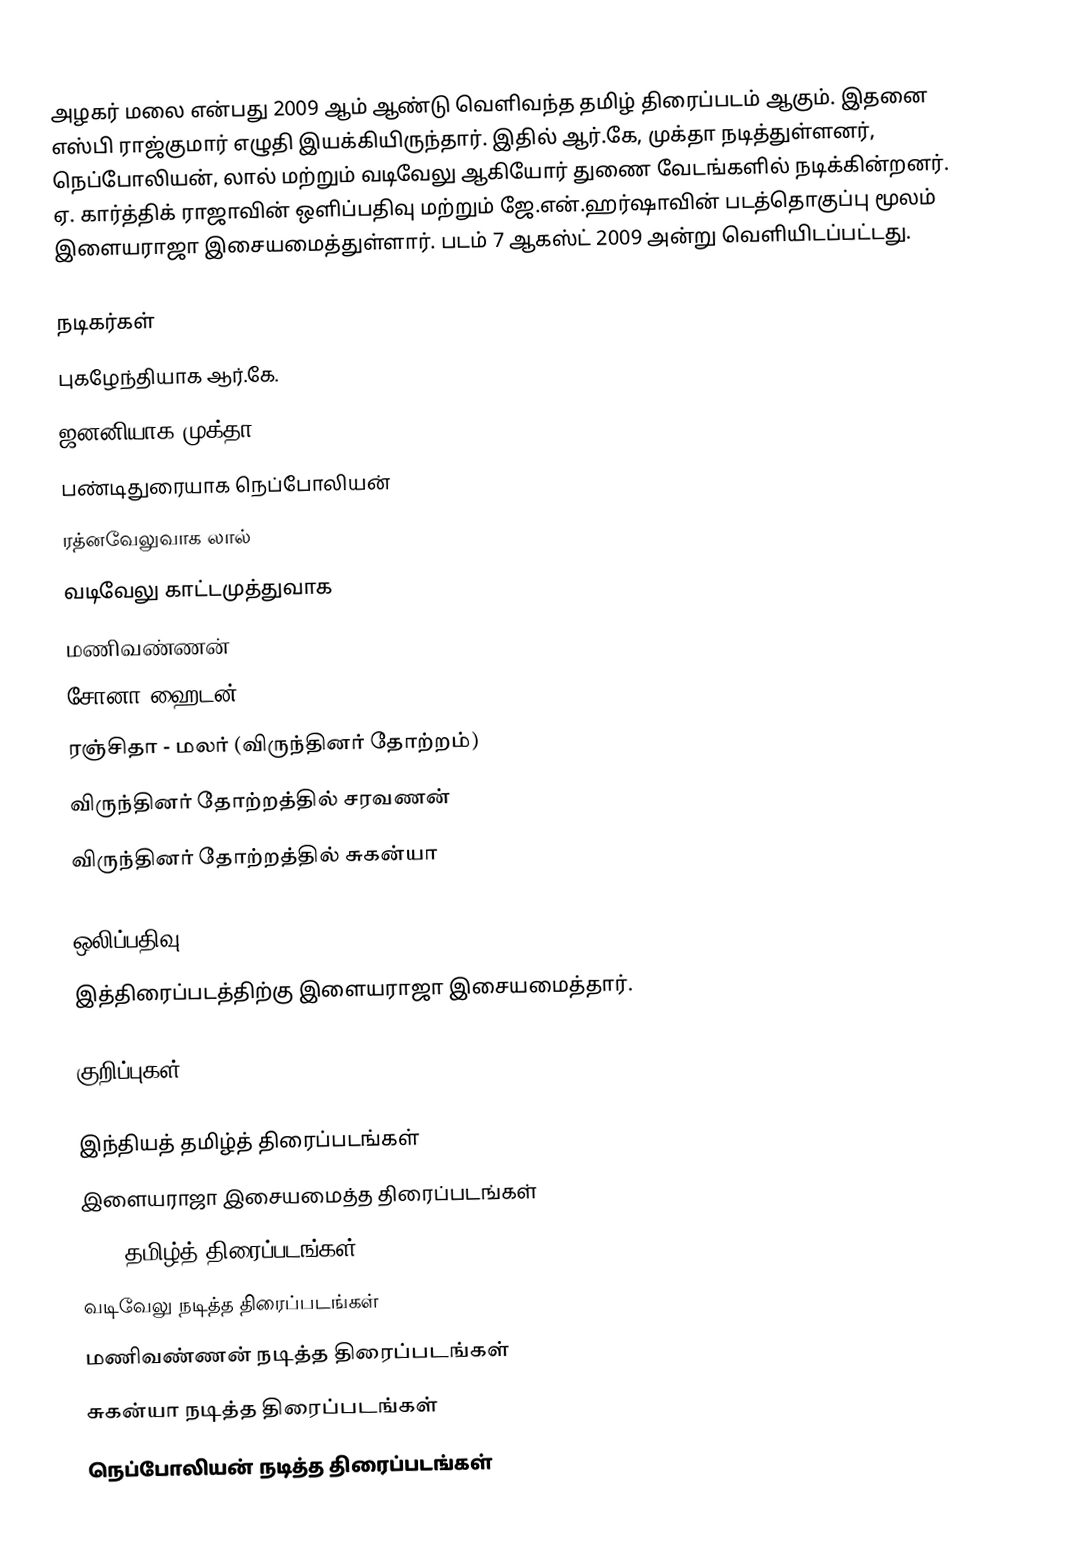
அழகர் மலை என்பது  2009 ஆம் ஆண்டு வெளிவந்த தமிழ் திரைப்படம் ஆகும். இதனை எஸ்பி ராஜ்குமார் எழுதி இயக்கியிருந்தார். இதில் ஆர்.கே, முக்தா நடித்துள்ளனர், நெப்போலியன், லால் மற்றும் வடிவேலு ஆகியோர் துணை வேடங்களில் நடிக்கின்றனர். ஏ. கார்த்திக் ராஜாவின் ஒளிப்பதிவு மற்றும் ஜே.என்.ஹர்ஷாவின் படத்தொகுப்பு மூலம் இளையராஜா இசையமைத்துள்ளார். படம் 7 ஆகஸ்ட் 2009 அன்று வெளியிடப்பட்டது.

நடிகர்கள்
 புகழேந்தியாக ஆர்.கே.
 ஜனனியாக முக்தா
 பண்டிதுரையாக நெப்போலியன்
 ரத்னவேலுவாக லால்
 வடிவேலு காட்டமுத்துவாக
 மணிவண்ணன்
 சோனா ஹைடன்
 ரஞ்சிதா - மலர் (விருந்தினர் தோற்றம்)
 விருந்தினர் தோற்றத்தில் சரவணன்
 விருந்தினர் தோற்றத்தில் சுகன்யா

ஒலிப்பதிவு
இத்திரைப்படத்திற்கு இளையராஜா இசையமைத்தார்.

குறிப்புகள்

இந்தியத் தமிழ்த் திரைப்படங்கள்
இளையராஜா இசையமைத்த திரைப்படங்கள்
2009 தமிழ்த் திரைப்படங்கள்
வடிவேலு நடித்த திரைப்படங்கள்
மணிவண்ணன் நடித்த திரைப்படங்கள்
சுகன்யா நடித்த திரைப்படங்கள்
நெப்போலியன் நடித்த திரைப்படங்கள்